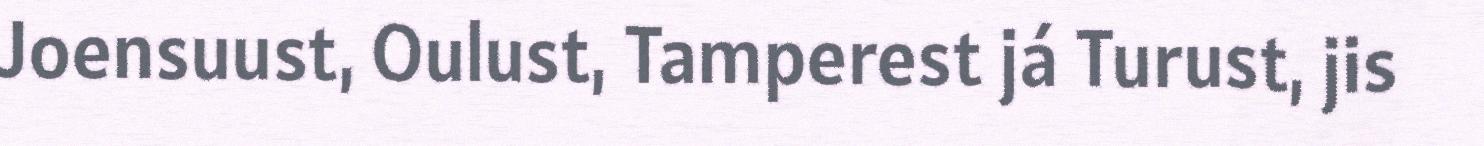
Joensuust, Oulust, Tamperest já Turust, jis